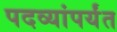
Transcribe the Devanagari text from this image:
पदव्यांपर्यंत